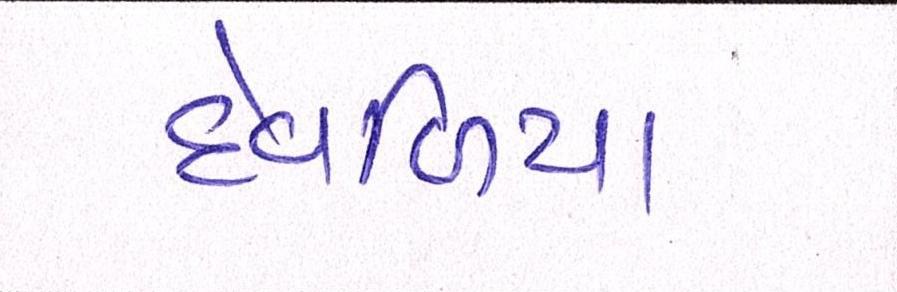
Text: દેવળિયા